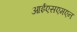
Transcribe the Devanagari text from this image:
आईएसएमएन